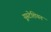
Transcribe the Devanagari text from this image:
यूस्टेशियन